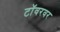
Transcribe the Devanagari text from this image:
टॉवरवर